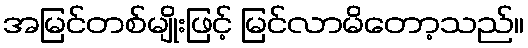
အမြင်တစ်မျိုးဖြင့် မြင်လာမိတော့သည်။